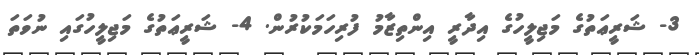
3- ޝަރީޢަތުގެ މަޖިލީހުގެ އިދާރީ އިންތިޒާމު ފުރިހަމަކުރުން. 4- ޝަރީޢަތުގެ މަޖިލީހުގައި ނުވަތަ